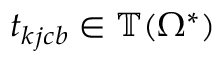
t _ { k j c b } \in \mathbb { T } ( \Omega ^ { * } )